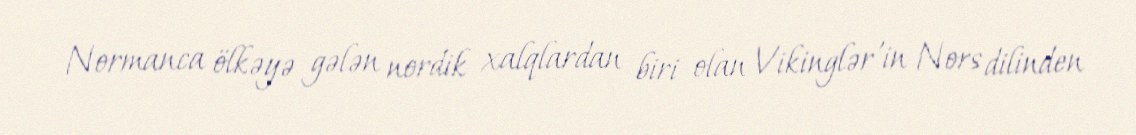
Normanca ölkəyə gələn nordik xalqlardan biri olan Vikinglər'in Nors dilinden